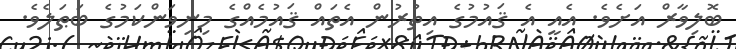
ބޮލިވާރް އަށެވެ. އެއީ އެ ޤައުމުގެ އިތުރުން އެތައް ޤައުމެއްގެ މިނިވަންކަމުގެ ބަޠަލެވެ.